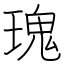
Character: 瑰